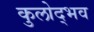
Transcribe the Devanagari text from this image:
कुलोद्भव